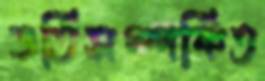
ভর্তিসম্পর্কিত